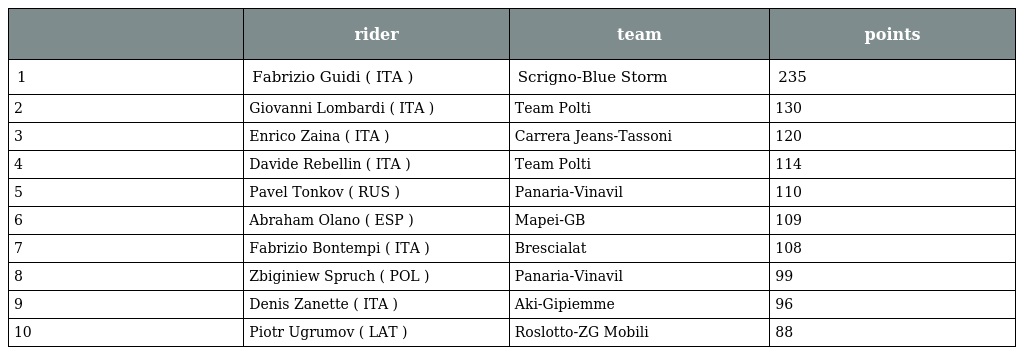
|  | rider | team | points |
 | --- | --- | --- | --- |
 | 1 | Fabrizio Guidi ( ITA ) | Scrigno-Blue Storm | 235 |
 | 2 | Giovanni Lombardi ( ITA ) | Team Polti | 130 |
 | 3 | Enrico Zaina ( ITA ) | Carrera Jeans-Tassoni | 120 |
 | 4 | Davide Rebellin ( ITA ) | Team Polti | 114 |
 | 5 | Pavel Tonkov ( RUS ) | Panaria-Vinavil | 110 |
 | 6 | Abraham Olano ( ESP ) | Mapei-GB | 109 |
 | 7 | Fabrizio Bontempi ( ITA ) | Brescialat | 108 |
 | 8 | Zbiginiew Spruch ( POL ) | Panaria-Vinavil | 99 |
 | 9 | Denis Zanette ( ITA ) | Aki-Gipiemme | 96 |
 | 10 | Piotr Ugrumov ( LAT ) | Roslotto-ZG Mobili | 88 |